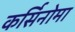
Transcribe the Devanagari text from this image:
कर्सिनोमा